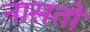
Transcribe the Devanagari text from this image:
नासतो